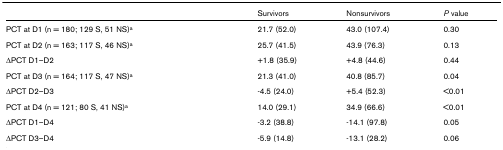
|  | Survivors | Nonsurvivors | P value |
 | --- | --- | --- | --- |
 | PCT at D1 (n = 180; 129 S, 51 NS)a | 21.7 (52.0) | 43.0 (107.4) | 0.30 |
 | PCT at D2 (n = 163; 117 S, 46 NS)a | 25.7 (41.5) | 43.9 (76.3) | 0.13 |
 | ΔPCT D1–D2 | +1.8 (35.9) | +4.8 (44.6) | 0.44 |
 | PCT at D3 (n = 164; 117 S, 47 NS)a | 21.3 (41.0) | 40.8 (85.7) | 0.04 |
 | ΔPCT D2–D3 | -4.5 (24.0) | +5.4 (52.3) | <0.01 |
 | PCT at D4 (n = 121; 80 S, 41 NS)a | 14.0 (29.1) | 34.9 (66.6) | <0.01 |
 | ΔPCT D1–D4 | -3.2 (38.8) | -14.1 (97.8) | 0.05 |
 | ΔPCT D3–D4 | -5.9 (14.8) | -13.1 (28.2) | 0.06 |